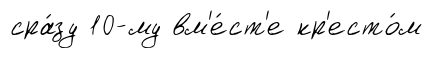
сра́зу 10-му вм'е́ст'е кр'есто́м